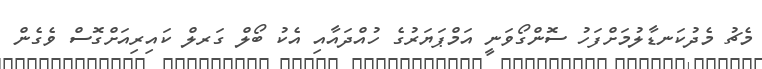
މެޗު މެދުކަނޑާލުމަށްފަހު ސޮންގޯވަނީ އަމްޕަޔަރުގެ ހުއްދައާއި އެކު ބޯލް ގަރލް ކައިރިއަށްގޮސް ވެގެން